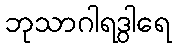
ဘုသာဂါရဒွါရေ